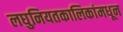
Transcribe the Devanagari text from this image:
लघुनियतकालिकांमधून